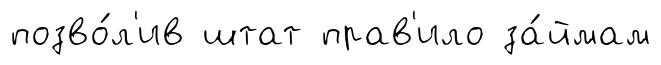
позво́л'ив штат прав'ило за́ймам